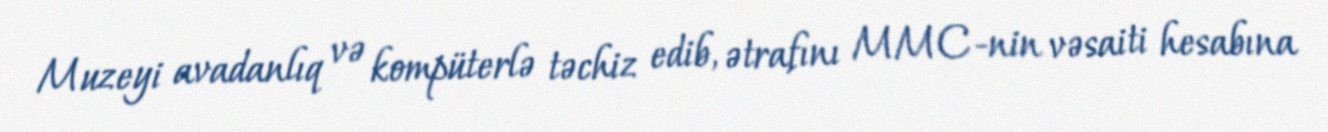
Muzeyi avadanlıq və kompüterlə təchiz edib, ətrafını MMC-nin vəsaiti hesabına